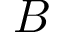
B